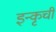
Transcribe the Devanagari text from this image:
इन्कृची